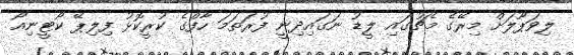
ލިވަޕޫލަށް މިރޭގެ މެޗުގައި ލީޑު ނަަގައިދިނީ ފުރަތަމަ ހާފްގެ ކުރީކޮޅު ފިލިޕޭ ކޯޓީނިއޯ